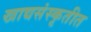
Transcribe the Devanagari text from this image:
खाद्यसंस्कृतीत